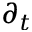
\partial _ { t }